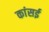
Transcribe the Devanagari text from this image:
कांसई